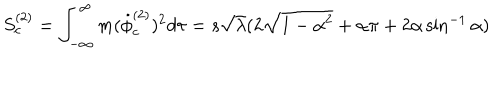
LaTeX: S _ { c } ^ { ( 2 ) } = \int _ { - \infty } ^ { \infty } m ( { \dot { \phi } } _ { c } ^ { ( 2 ) } ) ^ { 2 } d \tau = s \sqrt \lambda ( 2 \sqrt { 1 - \alpha ^ { 2 } } + \alpha \pi + 2 \alpha \sin ^ { - 1 } \alpha )